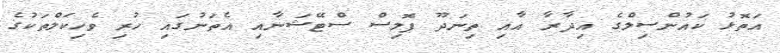
އަތޮޅު ކައުންސިލްގެ އިދާރާ އާއި ތިނަދޫ ޕޮލިސް ސްޓޭޝަނާއި އެތަނުގައި ހުރި ވެހިކަލްތަކުގެ